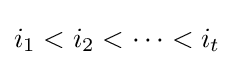
i_{1}<i_{2}<\cdots <i_{t}